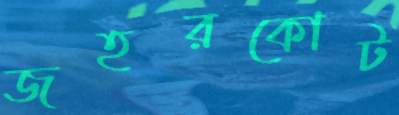
জহরকোট